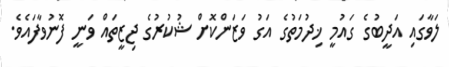
ލަވާގައި އަދީބުގެ ގައުމީ ޚިދުމަތުގެ އަގު ވަޒަންކޮށް ޝުކުރުގެ ޖިޒީތައް ވަނީ ފޮނުވާފައެވެ.